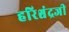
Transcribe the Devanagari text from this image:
हरिश्चंद्रजी